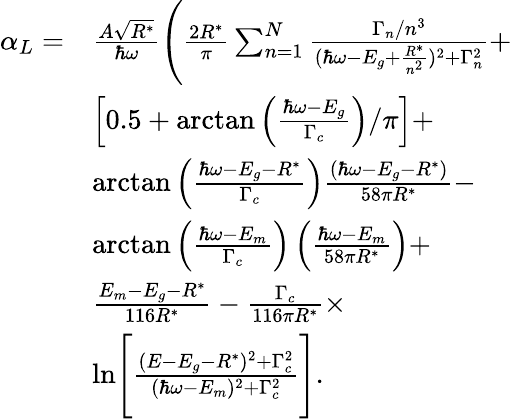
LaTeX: \begin{array}{rl}{\alpha_{L}=}&{\frac{A\sqrt{R^{*}}}{\hbar\omega}\Bigg(\frac{2R^{*}}{\pi}\sum_{n=1}^{N}\frac{\Gamma_{n}/n^{3}}{(\hbar\omega-E_{g}+\frac{R^{*}}{n^{2}})^{2}+\Gamma_{n}^{2}}+}\\ &{\left[0.5+\textrm{arctan}\left(\frac{\hbar\omega-E_{g}}{\Gamma_{c}}\right)/\pi\right]+}\\ &{\textrm{arctan}\left(\frac{\hbar\omega-E_{g}-R^{*}}{\Gamma_{c}}\right)\frac{(\hbar\omega-E_{g}-R^{*})}{58\pi R^{*}}-}\\ &{\textrm{arctan}\left(\frac{\hbar\omega-E_{m}}{\Gamma_{c}}\right)\left(\frac{\hbar\omega-E_{m}}{58\pi R^{*}}\right)+}\\ &{\frac{E_{m}-E_{g}-R^{*}}{116R^{*}}-\frac{\Gamma_{c}}{116\pi R^{*}}\times}\\ &{\textrm{ln}\Bigg[\frac{(E-E_{g}-R^{*})^{2}+\Gamma_{c}^{2}}{(\hbar\omega-E_{m})^{2}+\Gamma_{c}^{2}}\Bigg].}\end{array}